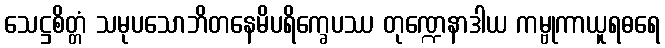
သေဋ္ဌစိတ္တံ သမုပသောဘိတနေမိပရိက္ခေပဿ တုဏ္ဍေနာဒါယ ကမ္ဗုကာယူရဓရေ